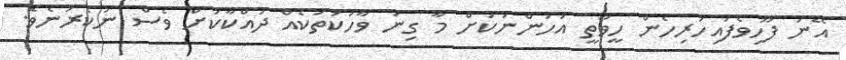
އޭނަ ފޫހިވެފައިހުރިހެން ހީވާތީ އަހަންނަކަށް މާ ގިނަ ވާހަކަތަކެއް ދައްކާކަށް ވެސް ނުކެރުނެވެ.